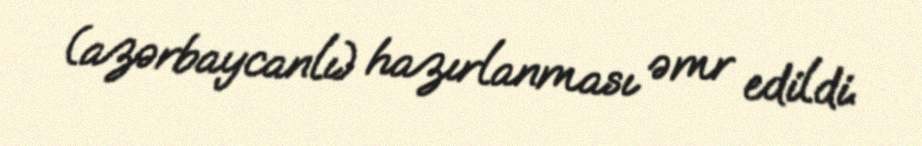
(azərbaycanlı) hazırlanması əmr edildi.